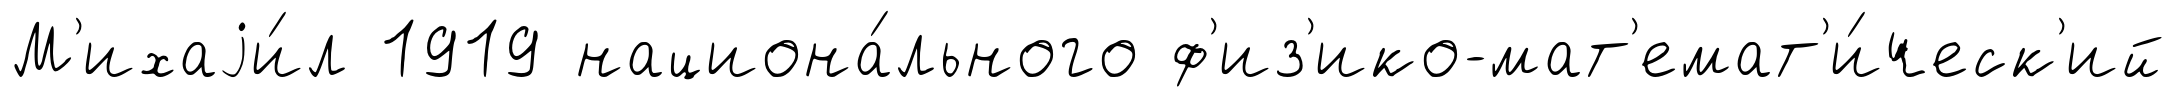
М'ихаjи́л 1919 национа́льного ф'из'ико-мат'емат'и́ческ'ий